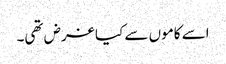
اسے کاموں سے کیا غرض تھی۔